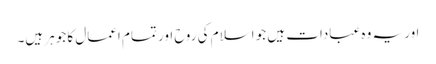
اور یہ وہ عبادات ہیں جو اسلام کی روح اور تمام اعمال کا جوہر ہیں۔